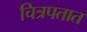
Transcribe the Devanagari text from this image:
चित्रपतात